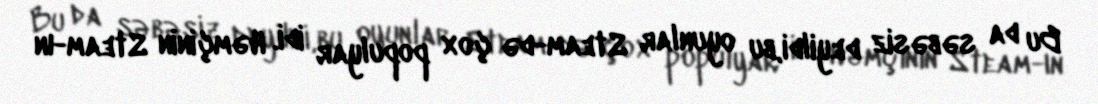
Bu da səbəsiz deyildi,bu oyunlar Steam-də çox populyar idi. Həmçinin Steam-ın